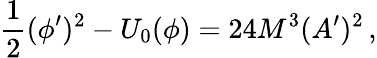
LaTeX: \frac{1}{2}(\phi^{\prime})^{2}-U_{0}(\phi)=24M^{3}(A^{\prime})^{2}\, ,